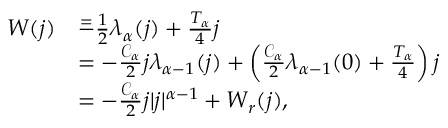
\begin{array} { r l } { W ( j ) } & { \overset = - \frac { 1 } { 2 } \lambda _ { \alpha } ( j ) + \frac { T _ { \alpha } } 4 j } \\ & { = - \frac { \mathcal { C } _ { \alpha } } { 2 } j \lambda _ { \alpha - 1 } ( j ) + \left( \frac { \mathcal { C } _ { \alpha } } { 2 } \lambda _ { \alpha - 1 } ( 0 ) + \frac { T _ { \alpha } } { 4 } \right) j } \\ & { = - \frac { \mathcal { C } _ { \alpha } } 2 j | j | ^ { \alpha - 1 } + W _ { r } ( j ) , } \end{array}